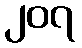
၂၀၇